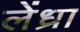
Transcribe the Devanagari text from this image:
लेंध्रा